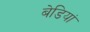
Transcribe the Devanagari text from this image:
बेडियां